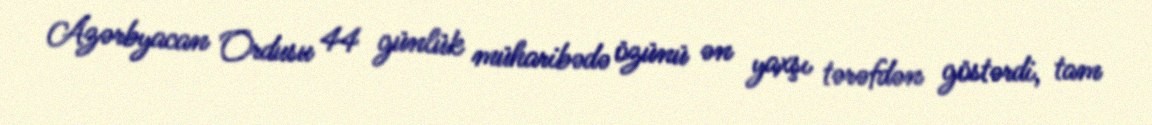
Azərbyacan Ordusu 44 günlük müharibədə özünü ən yaxşı tərəfdən göstərdi, tam